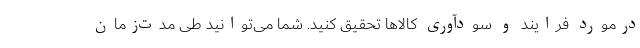
درمورد فرایند و سودآوری کالاها تحقیق کنید. شما می‌توانید طی مدت‌زمان